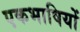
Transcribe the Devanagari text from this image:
एकभाषियों